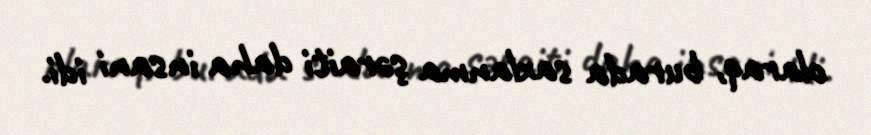
olaraq, burada saxlanma şəraiti daha insani idi.